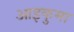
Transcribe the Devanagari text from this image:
आइकुमा